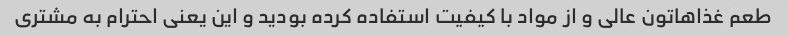
طعم غذاهاتون عالی و از مواد با کیفیت استفاده کرده بودید و این یعنی احترام به مشتری